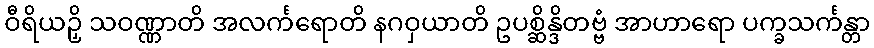
ဝီရိယဉှိ သဝဏ္ဏာတိ အလင်္ကရောတိ နဂဝှယာတိ ဥပစ္ဆိန္ဒိတဗ္ဗံ အာဟာရော ပက္ခသင်္ကန္တာ